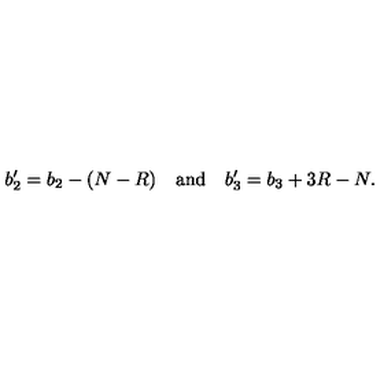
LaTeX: b _ { 2 } ^ { \prime } = b _ { 2 } - ( N - R ) \quad \mathrm { a n d } \quad b _ { 3 } ^ { \prime } = b _ { 3 } + 3 R - N .